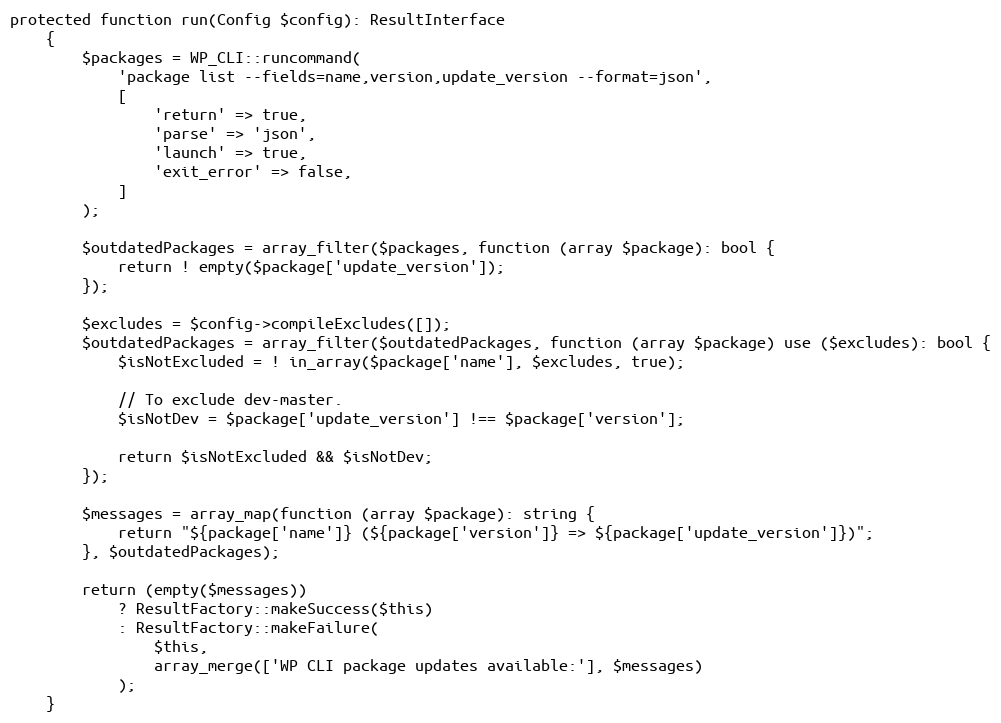
Language: PHP
protected function run(Config $config): ResultInterface
    {
        $packages = WP_CLI::runcommand(
            'package list --fields=name,version,update_version --format=json',
            [
                'return' => true,
                'parse' => 'json',
                'launch' => true,
                'exit_error' => false,
            ]
        );

        $outdatedPackages = array_filter($packages, function (array $package): bool {
            return ! empty($package['update_version']);
        });

        $excludes = $config->compileExcludes([]);
        $outdatedPackages = array_filter($outdatedPackages, function (array $package) use ($excludes): bool {
            $isNotExcluded = ! in_array($package['name'], $excludes, true);

            // To exclude dev-master.
            $isNotDev = $package['update_version'] !== $package['version'];

            return $isNotExcluded && $isNotDev;
        });

        $messages = array_map(function (array $package): string {
            return "${package['name']} (${package['version']} => ${package['update_version']})";
        }, $outdatedPackages);

        return (empty($messages))
            ? ResultFactory::makeSuccess($this)
            : ResultFactory::makeFailure(
                $this,
                array_merge(['WP CLI package updates available:'], $messages)
            );
    }